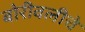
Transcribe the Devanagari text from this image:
बोरीवलीचे